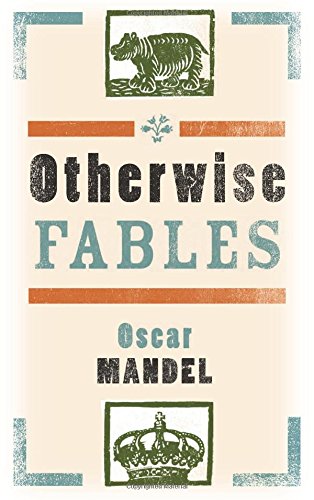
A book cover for Otherwise Fables; Oscar Mandel; Literature & Fiction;